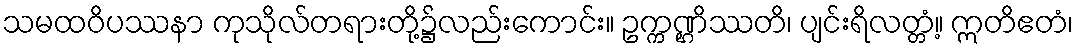
သမထဝိပဿနာ ကုသိုလ်တရားတို့၌လည်းကောင်း။ ဥက္ကဏ္ဌိဿတိ၊ ပျင်းရိလတ္တံ့။ ဣတိဧတံ၊